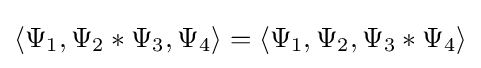
\langle \Psi _{1},\Psi _{2}*\Psi _{3},\Psi _{4}\rangle =\langle \Psi _{1},\Psi _{2},\Psi _{3}*\Psi _{4}\rangle